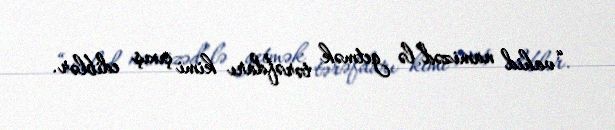
“vahid namizəd”lə getmək tərəfdarı kimi çıxış ediblər.